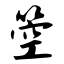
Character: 箜